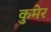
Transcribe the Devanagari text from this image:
कुमेर